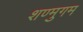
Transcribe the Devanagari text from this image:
शण्मुगम